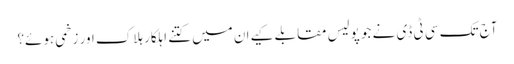
آج تک سی ٹی ڈی نے جو پولیس مقابلے کیےان میں کتنے اہلکار ہلاک اور زخمی ہوئے؟